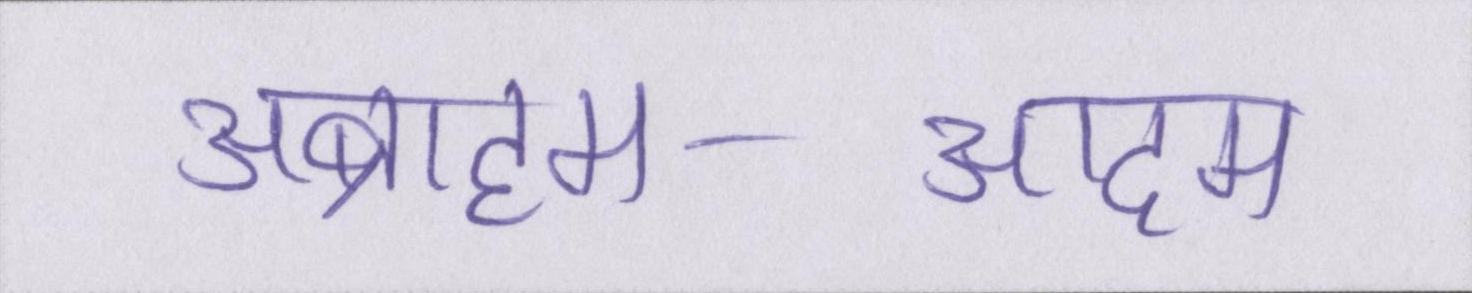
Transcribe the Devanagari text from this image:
अब्राहम-आदम